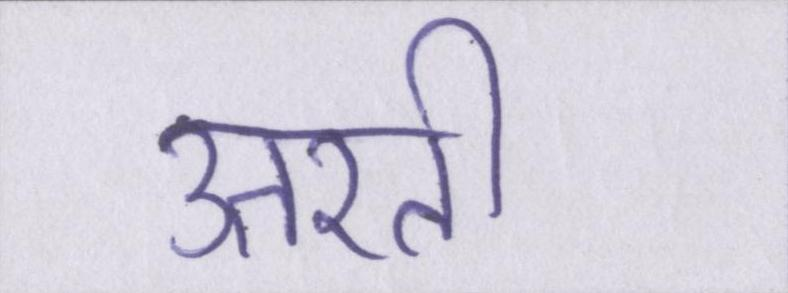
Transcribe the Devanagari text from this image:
उतरती